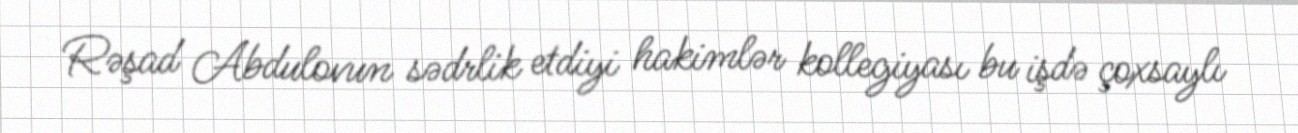
Rəşad Abdulovun sədrlik etdiyi hakimlər kollegiyası bu işdə çoxsaylı